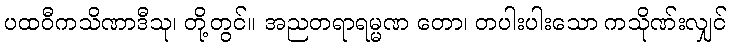
ပထဝီကသိဏာဒီသု၊ တို့တွင်။ အညတရာရမ္မဏ တော၊ တပါးပါးသော ကသိုဏ်းလျှင်